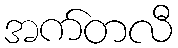
အက်တလီ